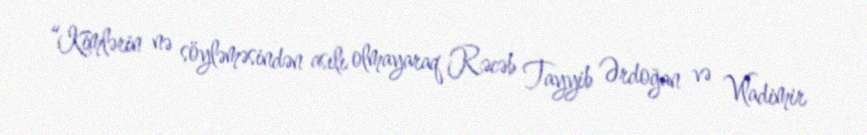
“Kimlərin nə söyləməsindən asılı olmayaraq Rəcəb Tayyib Ərdoğan və Vladimir